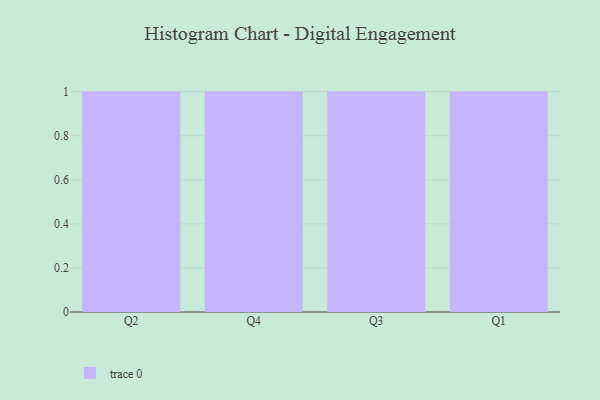
{"axis": {"x": "Quarter", "y": "Shipments"}, "legend": [""], "data": [{"x": "Q2", "y": 61, "type": ""}, {"x": "Q4", "y": 21, "type": ""}, {"x": "Q3", "y": 54, "type": ""}, {"x": "Q1", "y": 65, "type": ""}]}